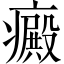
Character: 癜